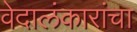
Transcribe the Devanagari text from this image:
वेदालंकारांचा